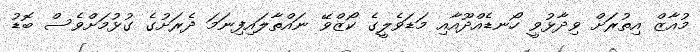
މުއާޒް އިތުރަށް ވިދާޅުވީ ހޯނޑެއްދޫއާއި މަޑަވެލީގެ ކޯޒްވޭ ނައްތާލައިފިނަމަ ދެރަށުގެ ގުޅުމަށްވެސް ބޮޑު